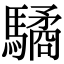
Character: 驈